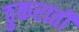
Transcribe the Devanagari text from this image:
ठुकराती